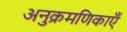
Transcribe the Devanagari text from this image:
अनुक्रमणिकाएँ